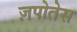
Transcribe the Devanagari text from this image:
ज़पोतेस